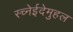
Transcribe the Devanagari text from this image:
स्च्नेईदेमुहल